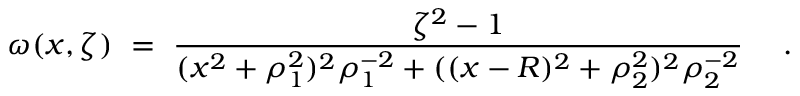
\omega ( x , \zeta ) ~ = ~ { \frac { \zeta ^ { 2 } - 1 } { ( x ^ { 2 } + \rho _ { 1 } ^ { 2 } ) ^ { 2 } \rho _ { 1 } ^ { - 2 } + ( ( x - R ) ^ { 2 } + \rho _ { 2 } ^ { 2 } ) ^ { 2 } \rho _ { 2 } ^ { - 2 } } } ~ ~ ~ ~ .